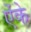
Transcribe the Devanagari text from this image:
ऐंके